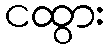
ငထွား